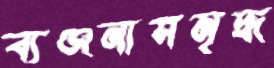
ব্যঞ্জনাসমৃদ্ধ